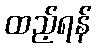
ထည့်ရန်